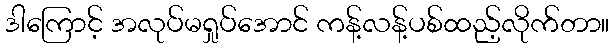
ဒါကြောင့် အလုပ်မရှုပ်အောင် ကန့်လန့်ပစ်ထည့်လိုက်တာ။